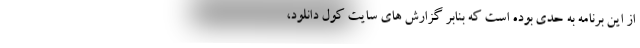
از این برنامه به حدی بوده است که بنابر گزارش های سایت کول دانلود،